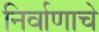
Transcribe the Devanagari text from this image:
निर्वाणाचे